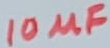
Text: 10µF